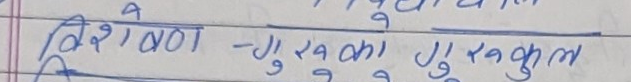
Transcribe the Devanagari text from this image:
विशेषण - गुरुका गुरुकुल